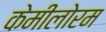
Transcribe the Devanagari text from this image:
केमीलोरम